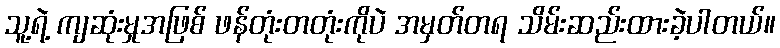
သူ့ရဲ့ ကျဆုံးမှုအဖြစ် ဖန်တုံးတတုံးကိုပဲ အမှတ်တရ သိမ်းဆည်းထားခဲ့ပါတယ်။